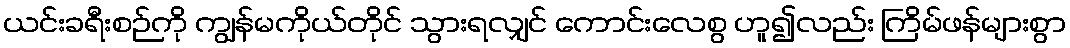
ယင်းခရီးစဉ်ကို ကျွန်မကိုယ်တိုင် သွားရလျှင် ကောင်းလေစွ ဟူ၍လည်း ကြိမ်ဖန်များစွာ